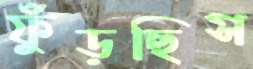
ফুঁড়ছিস